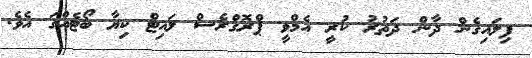
ފިލައިގެން ދާން ދަތުރު ކުރީ އެމްވީ ޕްރޮގްރެސް ލައިޓް ކިޔާ ބޯޓެއްގަ އެވެ.